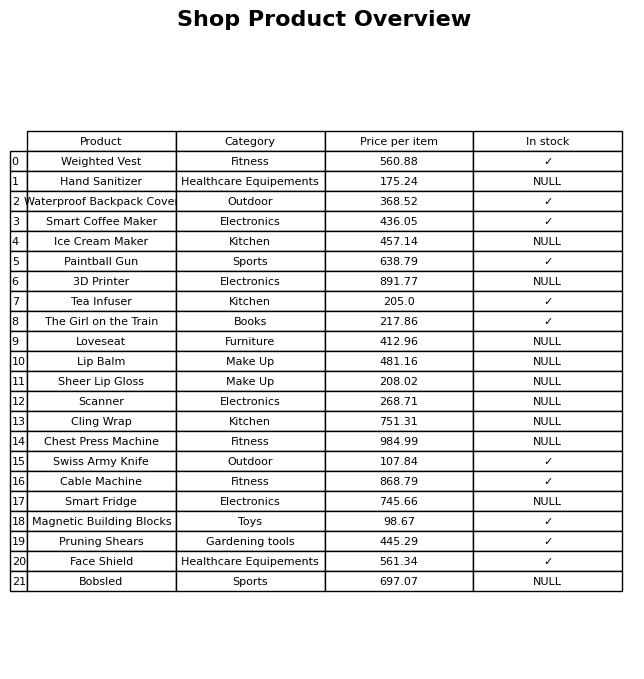
question: Which products are available in stock?
answer: Weighted Vest, Waterproof Backpack Cover, Smart Coffee Maker, Paintball Gun, Tea Infuser, The Girl on the Train, Swiss Army Knife, Cable Machine, Magnetic Building Blocks, Pruning Shears, Face Shield